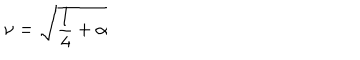
LaTeX: \nu = \sqrt { \frac { 1 } { 4 } + \alpha }